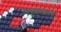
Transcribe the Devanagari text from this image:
नेतृवाखाली